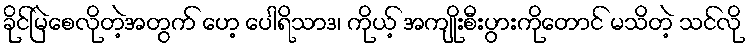
ခိုင်မြဲစေလိုတဲ့အတွက် ဟေ့ ပေါရိသာဒ၊ ကိုယ့် အကျိုးစီးပွားကိုတောင် မသိတဲ့ သင်လို